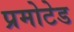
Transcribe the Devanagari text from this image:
प्रमोटेड